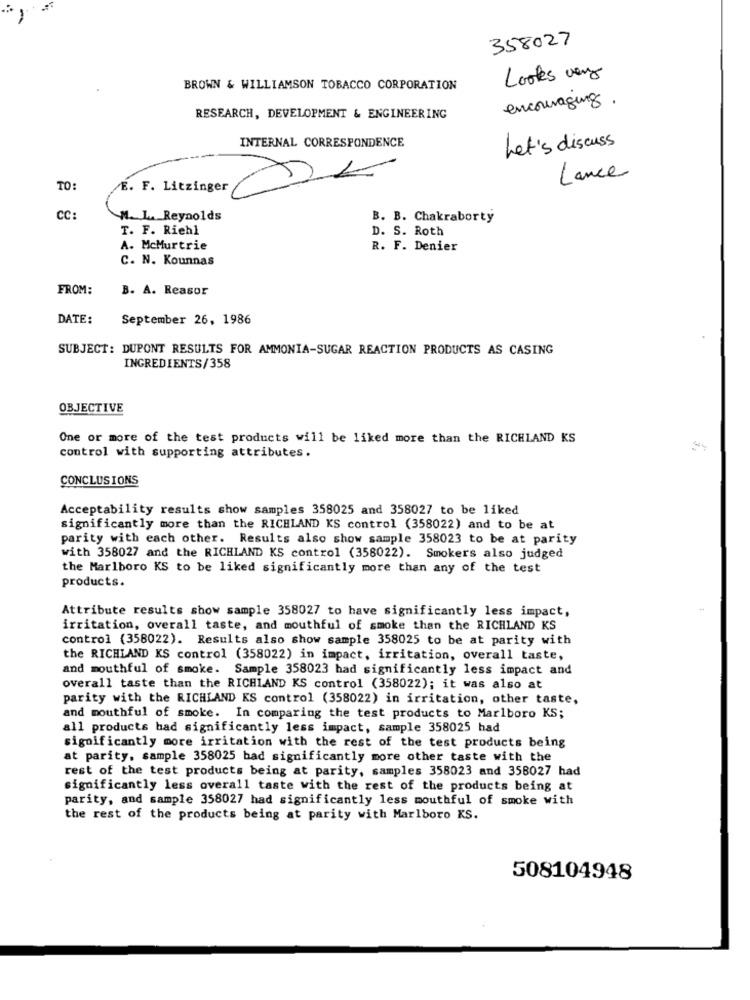
358027
Looks very
BROWN & WILLIAMSON TOBACCO CORPORATION
encouraging.
RESEARCH, DEVELOPMENT & ENGINEERING
Let's discuss
--
INTERNAL CORRESPONDENCE
Lance
TO:
E. F. Litzinger
CC:
M. L. Reynolds
B. B. Chakraborty
T. F. Riehl
D. S. Roth
A. McMurtrie
R. F. Denier
C. N. Kounnas
FROM:
B. A. Reasor
DATE:
September 26, 1986
SUBJECT: DUPONT RESULTS FOR AMMONIA-SUGAR REACTION PRODUCTS AS CASING
INGREDIENTS/358
OBJECTIVE
One or more of the test products will be liked more than the RICHLAND KS
control with supporting attributes.
CONCLUSIONS
Acceptability results show samples 358025 and 358027 to be liked
significantly more than the RICHLAND KS control (358022) and to be at
parity with each other. Results also show sample 358023 to be at parity
with 358027 and the RICHLAND KS control (358022). Smokers also judged
the Marlboro KS to be liked significantly more than any of the test
products.
Attribute results show sample 358027 to have significantly less impact,
irritation, overall taste, and mouthful of smoke than the RICHLAND KS
control (358022). Results also show sample 358025 to be at parity with
the RICHLAND KS control (358022) in impact, irritation, overall taste,
and mouthful of smoke. Sample 358023 had significantly less impact and
overall taste than the RICHLAND KS control (358022); it was also at
parity with the RICHLAND KS control (358022) in irritation, other taste,
and mouthful of smoke. In comparing the test products to Marlboro KS;
all products bad significantly less impact, sample 358025 had
significantly more irritation with the rest of the test products being
at parity, sample 358025 bad significantly more other taste with the
rest of the test products being at parity, samples 358023 and 358027 had
significantly less overall taste with the rest of the products being at
parity, and sample 358027 had significantly less mouthful of smoke with
the rest of the products being at parity with Marlboro KS.
508104948